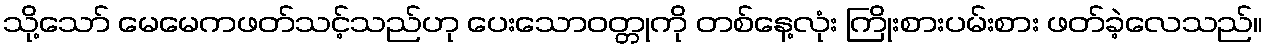
သို့သော် မေမေကဖတ်သင့်သည်ဟု ပေးသောဝတ္တုကို တစ်နေ့လုံး ကြိုးစားပမ်းစား ဖတ်ခဲ့လေသည်။